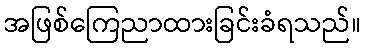
အဖြစ်ကြေညာထားခြင်းခံရသည်။